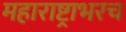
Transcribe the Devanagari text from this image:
महाराष्ट्राभरच